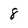
Character: 8